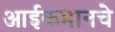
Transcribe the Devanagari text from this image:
आईकमानचे